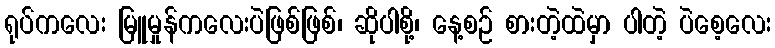
ရုပ်ကလေး မြူမှုန်ကလေးပဲဖြစ်ဖြစ်၊ ဆိုပါစို့၊ နေ့စဉ် စားတဲ့ထဲမှာ ပါတဲ့ ပဲစေ့လေး